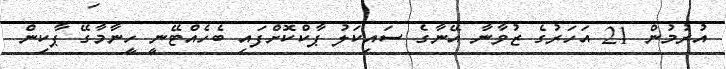
އުރުމުން 21 އަހަރުގެ ޒުވާނާ އޭނާގެ ސައިކަލު ޕާކްކޮށްފައި ބެހެއްޓޭނީ ހީނާމާގޭ ޕާކިން